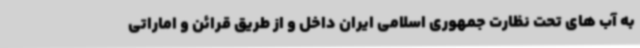
به آب های تحت نظارت جمهوری اسلامی ایران داخل و از طریق قرائن و اماراتی